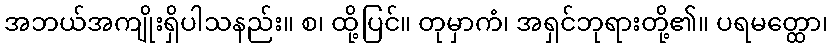
အဘယ်အကျိုးရှိပါသနည်း။ စ၊ ထို့ပြင်။ တုမှာကံ၊ အရှင်ဘုရားတို့၏။ ပရမတ္ထော၊